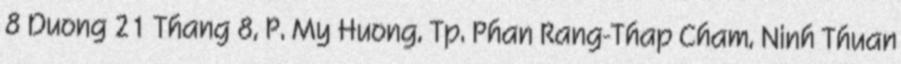
8 Duong 21 Thang 8, P. My Huong, Tp. Phan Rang-Thap Cham, Ninh Thuan